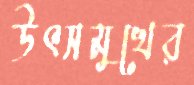
উৎসমুখের